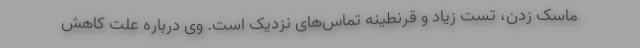
ماسک زدن، تست زیاد و قرنطینه‌ تماس‌های نزدیک است. وی درباره علت کاهش